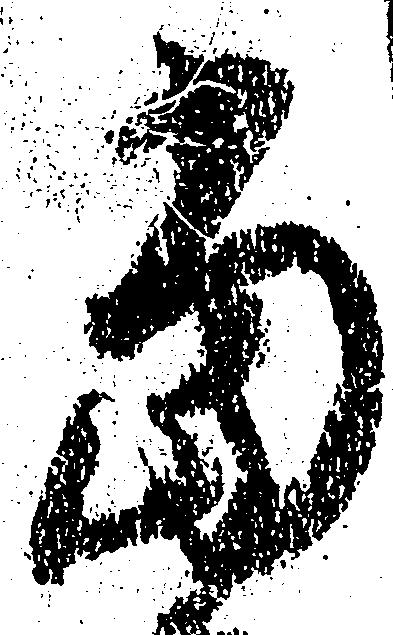
当